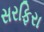
સરફિરા